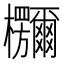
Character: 鿝